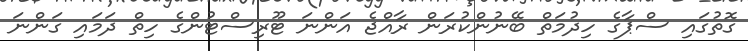
ގޮތުގައި ސްޕާގެ ހިދުމަތް ބޭނުންކުރަން ރާއްޖެ އަންނަ ޓޫރިސްޓުންގެ ހިތް ދަމައި ގަންނަ